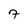
Character: 7